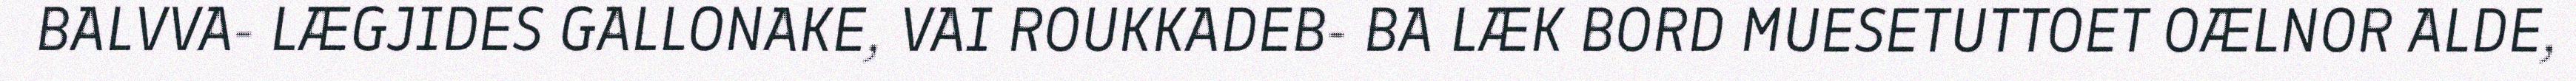
BALVVA- LÆGJIDES GALLONAKE, VAI ROUKKADEB- BA LÆK BORD MUESETUTTOET OÆLNOR ALDE,